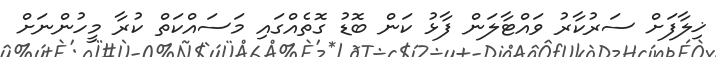
ޚިލާފަށް ސަރުކާރު ވައްޓާލަން ފާޅު ކަން ބޮޑު ގޮތެއްގައި މަސައްކަތް ކުރާ މީހުންނަށް